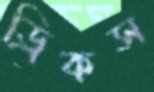
ড্রিকস